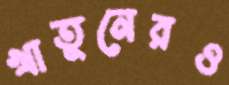
খাতুনেরও